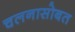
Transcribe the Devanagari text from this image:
चलनासोबत